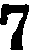
7